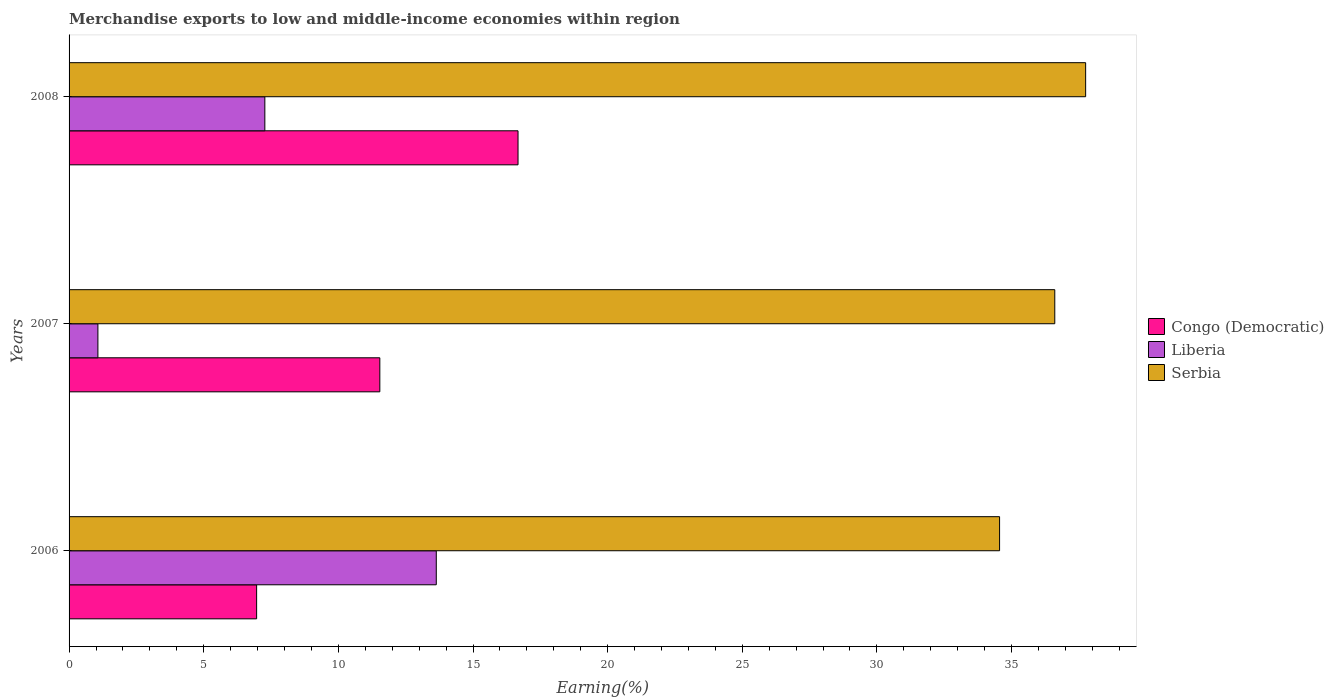
| Years | Congo (Democratic) | Liberia | Serbia |
 | --- | --- | --- | --- |
 | 2006 | 6.96 | 13.6 | 34.6 |
 | 2007 | 11.5 | 1.07 | 36.6 |
 | 2008 | 16.7 | 7.27 | 37.8 |